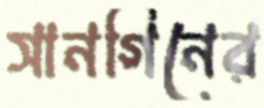
সানগিনের